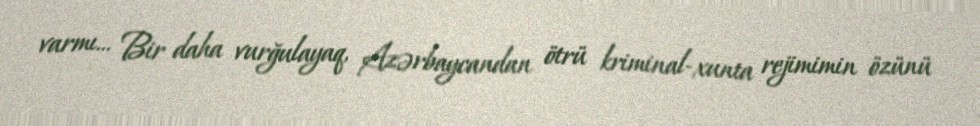
varmı... Bir daha vurğulayaq, Azərbaycandan ötrü kriminal-xunta rejimimin özünü